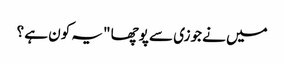
میں نے جوزی سے پوچھا "یہ کون ہے ؟